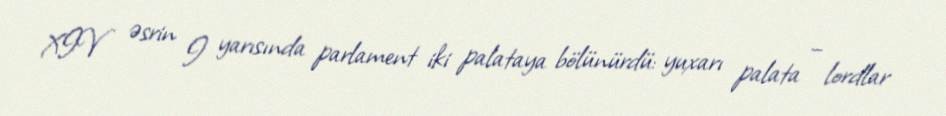
XIV əsrin I yarısında parlament iki palataya bölünürdü: yuxarı palata – lordlar